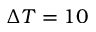
\Delta T = 1 0